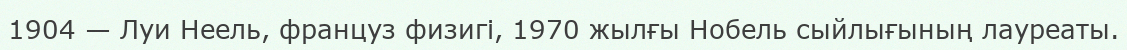
1904 — Луи Неель, француз физигі, 1970 жылғы Нобель сыйлығының лауреаты.